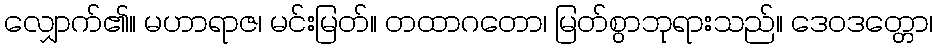
လျှောက်၏။ မဟာရာဇ၊ မင်းမြတ်။ တထာဂတော၊ မြတ်စွာဘုရားသည်။ ဒေဝဒတ္တော၊